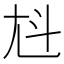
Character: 𡯏